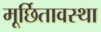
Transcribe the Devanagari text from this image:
मूर्छितावस्था